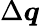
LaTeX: \Delta\boldsymbol{q}